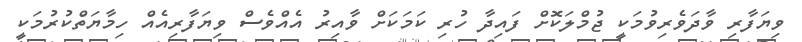
ވިޔަފާރި ވާދަވެރިވުމަކީ ޖުމްލަކޮށް ފައިދާ ހުރި ކަމަކަށް ވާއިރު އެއްވެސް ވިޔަފާރިއެއް ހިމާޔަތްކުރުމަކީ